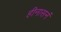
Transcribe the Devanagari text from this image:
हीनासनं